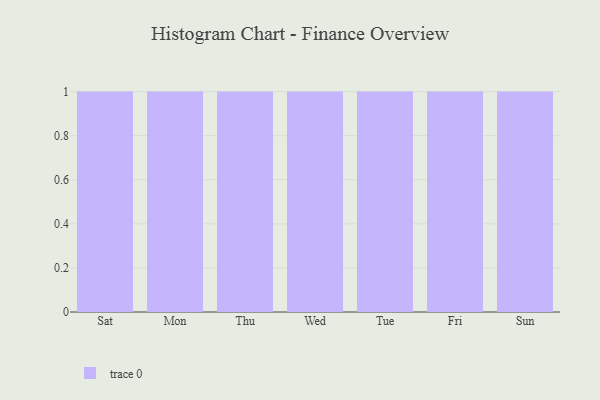
{"axis": {"x": "Day", "y": "LTV (USD)"}, "legend": [""], "data": [{"x": "Sat", "y": 42, "type": ""}, {"x": "Mon", "y": 57, "type": ""}, {"x": "Thu", "y": 99, "type": ""}, {"x": "Wed", "y": 23, "type": ""}, {"x": "Tue", "y": 75, "type": ""}, {"x": "Fri", "y": 38, "type": ""}, {"x": "Sun", "y": 54, "type": ""}]}